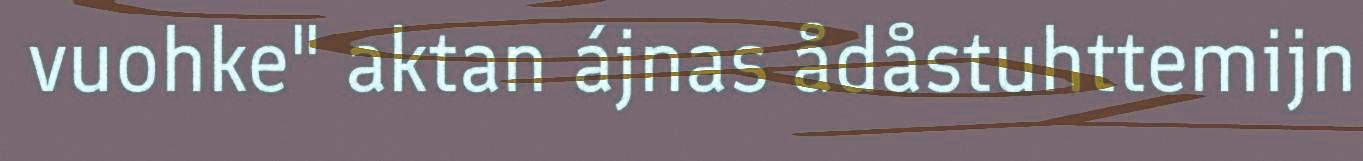
vuohke" aktan ájnas ådåstuhttemijn